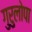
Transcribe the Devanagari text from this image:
गुरुलोपा